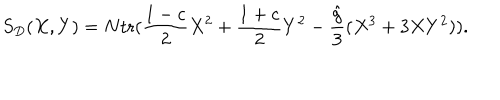
LaTeX: S _ { D } ( X , Y ) = N \mathrm { t r } ( { \frac { 1 - c } { 2 } } X ^ { 2 } + { \frac { 1 + c } { 2 } } Y ^ { 2 } - { \frac { \hat { g } } { 3 } } ( X ^ { 3 } + 3 X Y ^ { 2 } ) ) .